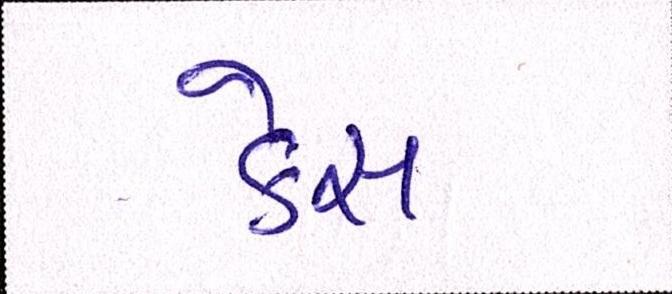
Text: કેસ